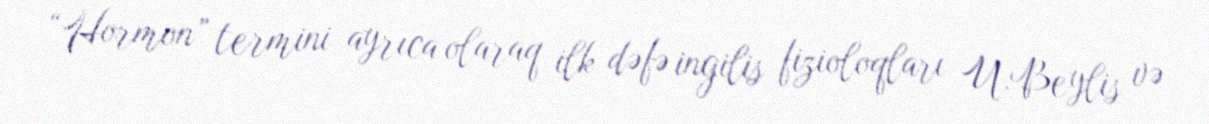
“Hormon” termini ayrıca olaraq ilk dəfə ingilis fizioloqları U.Beylis və